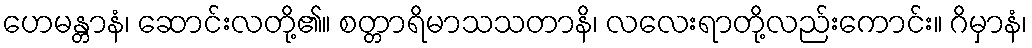
ဟေမန္တာနံ၊ ဆောင်းလတို့၏။ စတ္တာရိမာသသတာနိ၊ လလေးရာတို့လည်းကောင်း။ ဂိမှာနံ၊